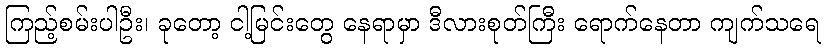
ကြည့်စမ်းပါဦး၊ ခုတော့ ငါ့မြင်းတွေ နေရာမှာ ဒီလားစုတ်ကြီး ရောက်နေတာ ကျက်သရေ